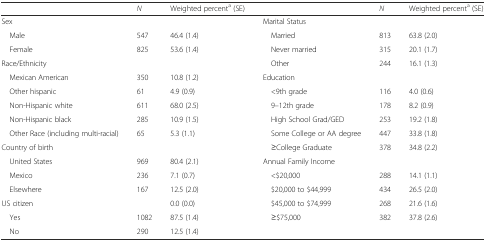
|  | N | Weighted percenta (SE) |  | N | Weighted percenta (SE) |
 | --- | --- | --- | --- | --- | --- |
 | Sex |  |  | Marital Status |  |  |
 | Male | 547 | 46.4 (1.4) | Married | 813 | 63.8 (2.0) |
 | Female | 825 | 53.6 (1.4) | Never married | 315 | 20.1 (1.7) |
 | Race/Ethnicity |  |  | Other | 244 | 16.1 (1.3) |
 | Mexican American | 350 | 10.8 (1.2) | Education |  |  |
 | Other hispanic | 61 | 4.9 (0.9) | <9th grade | 116 | 4.0 (0.6) |
 | Non-Hispanic white | 611 | 68.0 (2.5) | 9–12th grade | 178 | 8.2 (0.9) |
 | Non-Hispanic black | 285 | 10.9 (1.5) | High School Grad/GED | 253 | 19.2 (1.8) |
 | Other Race (including multi-racial) | 65 | 5.3 (1.1) | Some College or AA degree | 447 | 33.8 (1.8) |
 | Country of birth |  |  | ≥College Graduate | 378 | 34.8 (2.2) |
 | United States | 969 | 80.4 (2.1) | Annual Family Income |  |  |
 | Mexico | 236 | 7.1 (0.7) | <$20,000 | 288 | 14.1 (1.1) |
 | Elsewhere | 167 | 12.5 (2.0) | $20,000 to $44,999 | 434 | 26.5 (2.0) |
 | US citizen |  | 0.0 (0.0) | $45,000 to $74,999 | 268 | 21.6 (1.6) |
 | Yes | 1082 | 87.5 (1.4) | ≥$75,000 | 382 | 37.8 (2.6) |
 | No | 290 | 12.5 (1.4) |  |  |  |